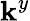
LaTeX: \mathbf{k}^{y}